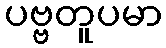
ပဗ္ဗတူပမာ